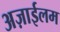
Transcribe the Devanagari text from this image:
अज़ाईलम